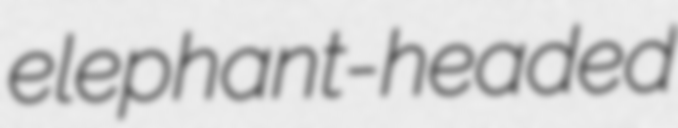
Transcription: elephant-headed